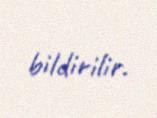
bildirilir.